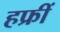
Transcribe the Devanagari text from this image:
हफ्रीं